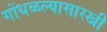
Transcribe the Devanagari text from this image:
गोंधळल्यासारखी